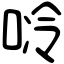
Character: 唥